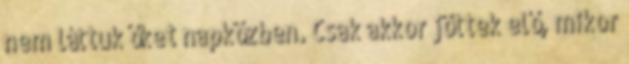
nem láttuk őket napközben. Csak akkor jöttek elő, mikor